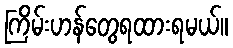
ကြိမ်းဟန်တွေရထားရမယ်။